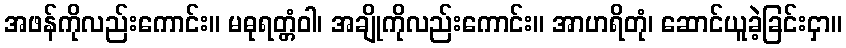
အဖန်ကိုလည်းကောင်း။ မဓုရတ္တံဝါ၊ အချိုကိုလည်းကောင်း။ အာဟရိတုံ၊ ဆောင်ယူခဲ့ခြင်းငှာ။